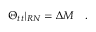
\Theta _ { t t } \vert _ { R N } = \Delta M \quad .